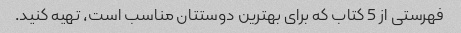
فهرستی از 5 کتاب که برای بهترین دوستتان مناسب است، تهیه کنید.